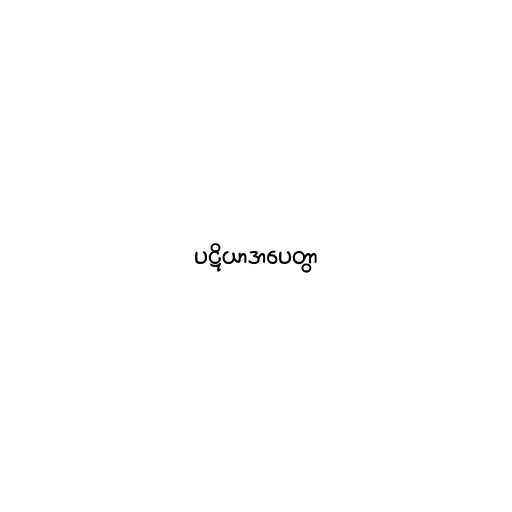
ပဋိယာဒာပေတွာ